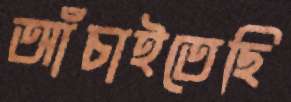
আঁচাইতেছি